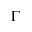
\Gamma